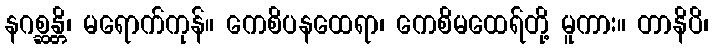
နဂစ္ဆန္တိ၊ မရောက်ကုန်။ ကေစိပနထေရာ၊ ကေစိမထေရ်တို့ မူကား။ တာနိပိ၊